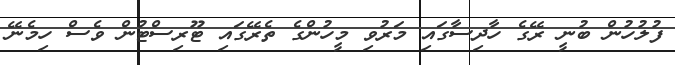
ފުލުހުން ބުނީ ރޭގެ ހާދިސާގައި މަރުވި މީހުންގެ ތެރޭގައި ޓޫރިސްޓުން ވެސް ހިމެނޭ